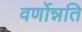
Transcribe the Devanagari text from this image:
वर्णोन्नति